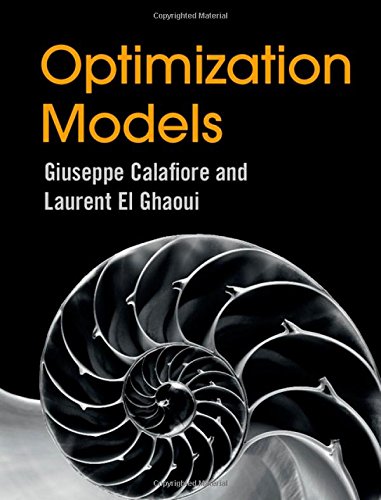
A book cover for Optimization Models; Giuseppe C. Calafiore; Science & Math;